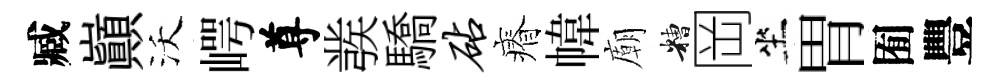
臧巔沃崿尊彂驕砧瘠幃廟糟岡坐胃囿豐